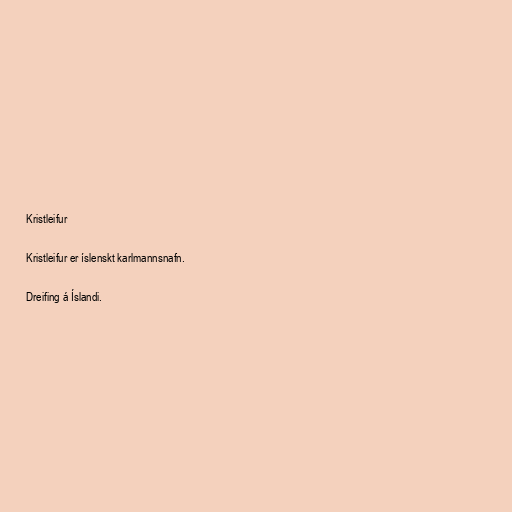
Kristleifur

Kristleifur er íslenskt karlmannsnafn.

Dreifing á Íslandi.